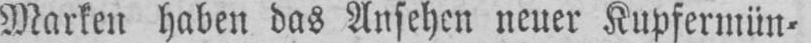
Marken haben das Ansehen neuer Kupfermün⸗